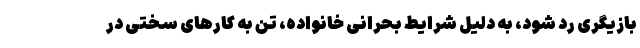
بازیگری رد شود، به دلیل شرایط بحرانی خانواده، تن به کارهای سختی در